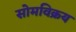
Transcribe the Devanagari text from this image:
सोमविक्रय